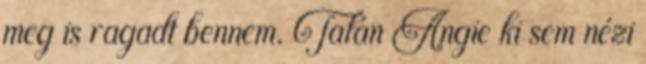
meg is ragadt bennem. Talán Angie ki sem nézi